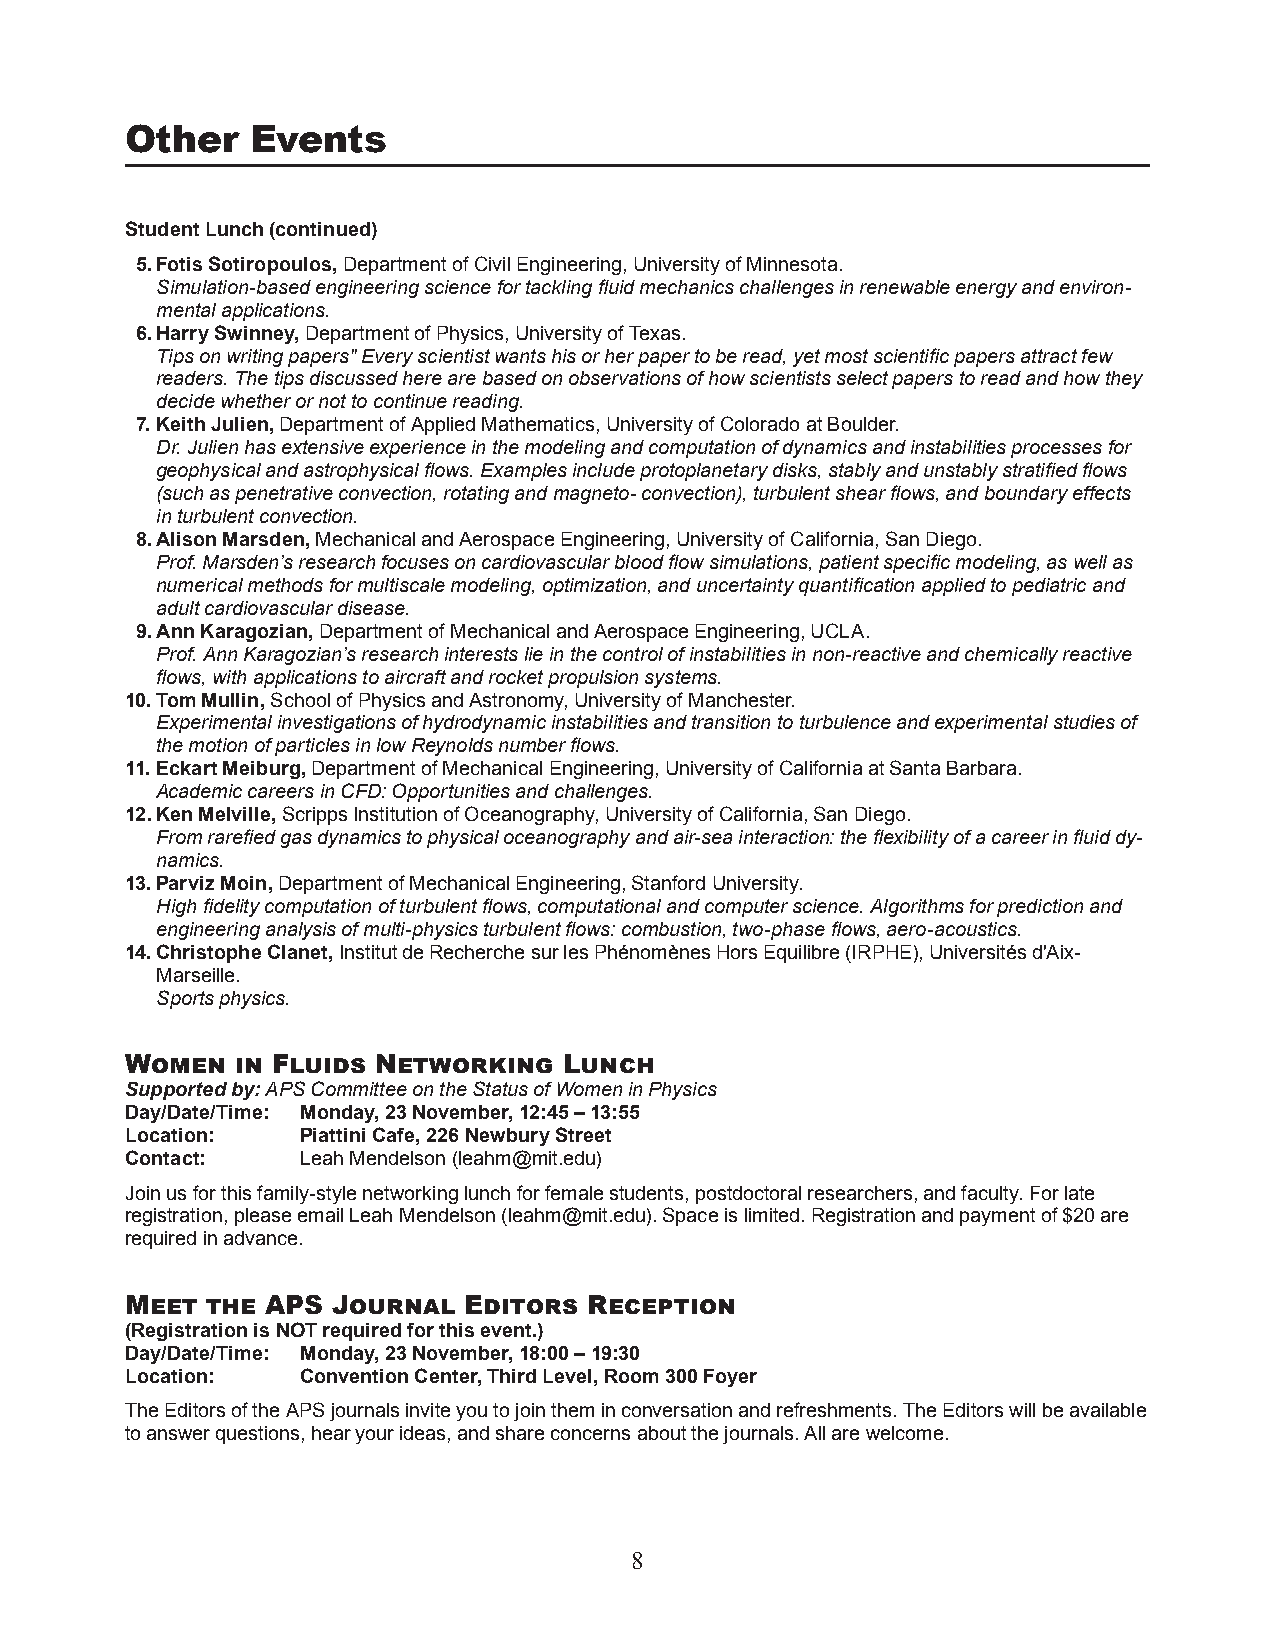
Other    Events
 Student Lunch (continued)
 5. Fotis Sotiropoulos, Department of Civil Engineering, University of Minnesota.
 Simulation-based engineering science for tackling fluid mechanics challenges in renewable energy and environ-
 mental applications.
 6. Harry Swinney, Department of Physics, University of Texas.
 Tips on writing papers" Every scientist wants his or her paper to be read, yet most scientific papers attract few
 readers. The tips discussed here are based on observations of how scientists select papers to read and how they
 decide whether or not to continue reading.
 7. Keith Julien, Department of Applied Mathematics, University of Colorado at Boulder.
 Dr. Julien has extensive experience in the modeling and computation of dynamics and instabilities processes for
 geophysical and astrophysical flows. Examples include protoplanetary disks, stably and unstably stratified flows
 (such as penetrative convection, rotating and magneto- convection), turbulent shear flows, and boundary effects
 in turbulent convection.
 8. Alison Marsden, Mechanical and Aerospace Engineering, University of California, San Diego.
 Prof. Marsden’s research focuses on cardiovascular blood flow simulations, patient specific modeling, as well as
 numerical methods for multiscale modeling, optimization, and uncertainty quantification applied to pediatric and
 adult cardiovascular disease.
 9. Ann Karagozian, Department of Mechanical and Aerospace Engineering, UCLA.
 Prof. Ann Karagozian’s research interests lie in the control of instabilities in non-reactive and chemically reactive
 flows, with applications to aircraft and rocket propulsion systems.
 10. Tom Mullin, School of Physics and Astronomy, University of Manchester.
 Experimental investigations of hydrodynamic instabilities and transition to turbulence and experimental studies of
 the motion of particles in low Reynolds number flows.
 11. Eckart Meiburg, Department of Mechanical Engineering, University of California at Santa Barbara.
 Academic careers in CFD: Opportunities and challenges.
 12. Ken Melville, Scripps Institution of Oceanography, University of California, San Diego.
 From rarefied gas dynamics to physical oceanography and air-sea interaction: the flexibility of a career in fluid dy-
 namics.
 13. Parviz Moin, Department of Mechanical Engineering, Stanford University.
 High fidelity computation of turbulent flows, computational and computer science. Algorithms for prediction and
 engineering analysis of multi-physics turbulent flows: combustion, two-phase flows, aero-acoustics.
 14. Christophe Clanet, Institut de Recherche sur les Phénomènes Hors Equilibre (IRPHE), Universités d'Aix-
 Marseille.
 Sports physics.
 Women   in Fluids Networking Lunch
 Supported by: APS Committee on the Status of Women in Physics
 Day/Date/Time: Monday, 23 November, 12:45 – 13:55
 Location:   Piattini Cafe, 226 Newbury Street
 Contact:    Leah Mendelson (leahm@mit.edu)
 Join us for this family-style networking lunch for female students, postdoctoral researchers, and faculty. For late
 registration, please email Leah Mendelson (leahm@mit.edu). Space is limited. Registration and payment of $20 are
 required in advance.
 Meet  the APS Journal  Editors Reception
 (Registration is NOT required for this event.)
 Day/Date/Time: Monday, 23 November, 18:00 – 19:30
 Location:   Convention Center, Third Level, Room 300 Foyer
 The Editors of the APS journals invite you to join them in conversation and refreshments. The Editors will be available
 to answer questions, hear your ideas, and share concerns about the journals. All are welcome.
 8